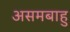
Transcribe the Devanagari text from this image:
असमबाहु